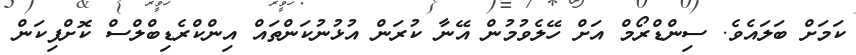
ކަމަށް ބަލައެވެ. ސިންޑްރޯމް އަށް ހޭލެވުމުން އޭނާ ކުރަން އުޅުނުކަންތައް އިންކްރެޑިބްލްސް ކޮށްފިކަން